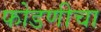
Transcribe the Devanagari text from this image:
फोडणीचा